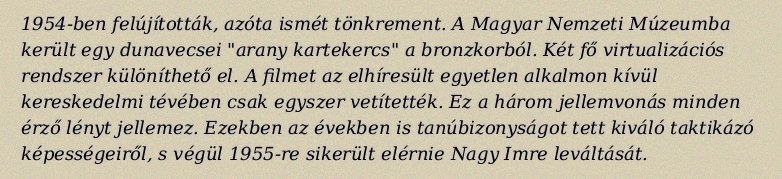
1954-ben felújították, azóta ismét tönkrement. A Magyar Nemzeti Múzeumba került egy dunavecsei "arany kartekercs" a bronzkorból. Két fő virtualizációs rendszer különíthető el. A filmet az elhíresült egyetlen alkalmon kívül kereskedelmi tévében csak egyszer vetítették. Ez a három jellemvonás minden érző lényt jellemez. Ezekben az években is tanúbizonyságot tett kiváló taktikázó képességeiről, s végül 1955-re sikerült elérnie Nagy Imre leváltását.